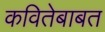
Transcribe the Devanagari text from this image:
कवितेबाबत